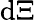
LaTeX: \mathrm{d}\Xi